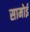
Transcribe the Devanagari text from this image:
सामोई